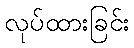
လုပ်ထားခြင်း